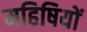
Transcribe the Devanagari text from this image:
महिषियों